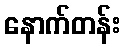
နောက်တန်း